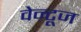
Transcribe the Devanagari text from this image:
वेन्टूज